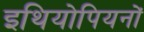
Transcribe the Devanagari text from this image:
इथियोपियनों